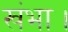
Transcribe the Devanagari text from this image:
खंभा।